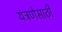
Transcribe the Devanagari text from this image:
यंत्रणेसाठी